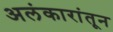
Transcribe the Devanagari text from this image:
अलंकारांतून